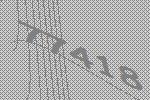
77418